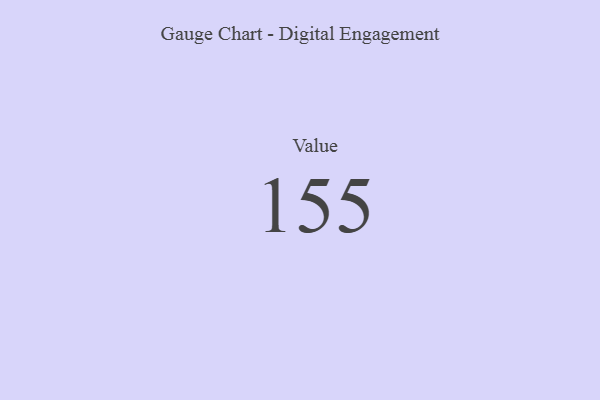
{"axis": {"x": "Metric", "y": "Value"}, "legend": [""], "data": [{"x": "Value", "y": 155, "type": ""}]}